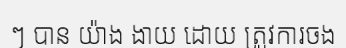
ៗ បាន យ៉ាង ងាយ ដោយ ត្រូវការចង